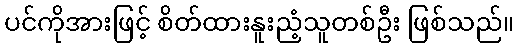
ပင်ကိုအားဖြင့် စိတ်ထားနူးညံ့သူတစ်ဦး ဖြစ်သည်။